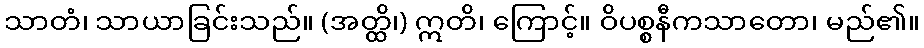
သာတံ၊ သာယာခြင်းသည်။ (အတ္ထိ၊) ဣတိ၊ ကြောင့်။ ဝိပစ္စနီကသာတော၊ မည်၏။